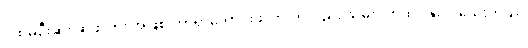
ပထမဦးဆုံး ဆုဖလား အဖြစ် ကာရာဘောင်းဖလားကိုလည်း သိမ်းပိုက်ထားနိုင်ပါသေးတယ်။